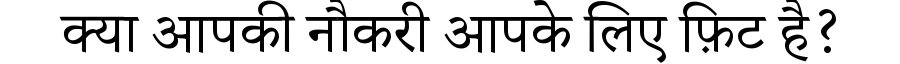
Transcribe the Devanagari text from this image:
क्या आपकी नौकरी आपके लिए फ़िट है?